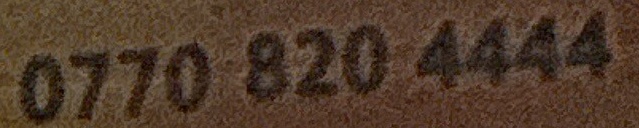
0770 820 4444